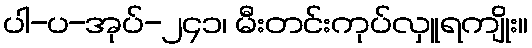
ပါ-ပ-အုပ်-၂၄၁၊ မီးတင်းကုပ်လှူရကျိုး။